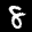
Label: 8